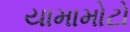
યામામોટો